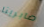
صابرينا